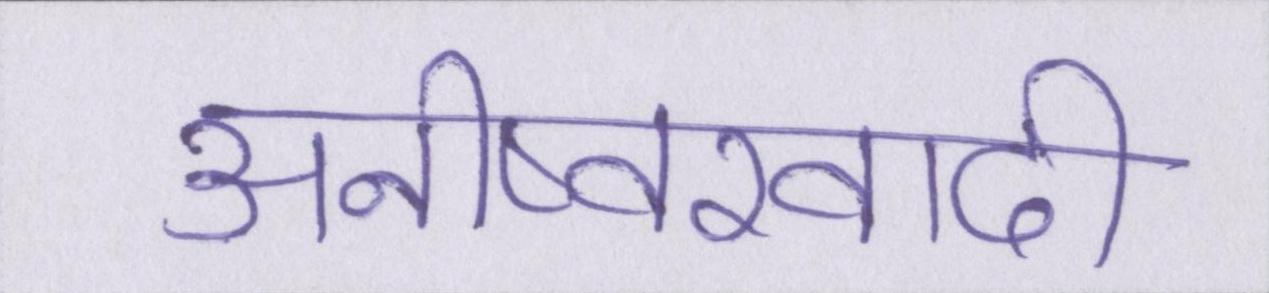
अनीष्वरवादी